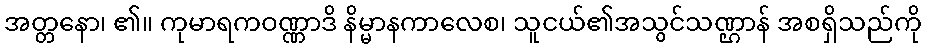
အတ္တနော၊ ၏။ ကုမာရကဝဏ္ဏာဒိ နိမ္မာနကာလေစ၊ သူငယ်၏အသွင်သဏ္ဌာန် အစရှိသည်ကို